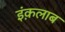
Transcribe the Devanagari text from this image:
इंक़लाब